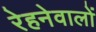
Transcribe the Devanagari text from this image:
रेहनेवालों